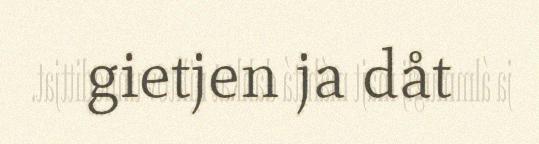
gietjen ja dåt